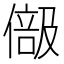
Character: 𠍭